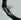
كاكا